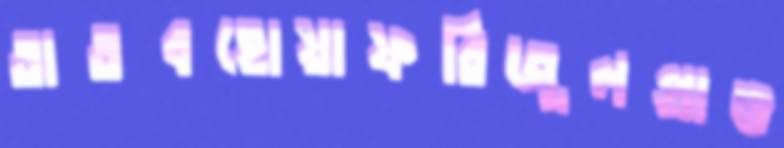
তাতবহোয়াফরিজুলপ্রাঙ